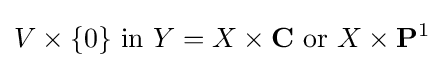
V\times \{0\}\ {\text{in}}\ Y=X\times \mathbf {C} \ {\text{or}}\ X\times \mathbf {P} ^{1}